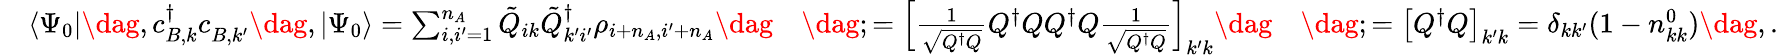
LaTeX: \begin{array}{rlrl}&{\langle\Psi_{0}|\dag,c_{B,k}^{\dagger}c_{B,k^{\prime}}^{\phantom{\dagger}}\dag,|\Psi_{0}\rangle=\sum_{i,i^{\prime}=1}^{n_{A}}\tilde{Q}_{ik}\tilde{Q}_{k^{\prime}i^{\prime}}^{\dagger}\rho_{i+n_{A},i^{\prime}+n_{A}}\dag}&{\dag;=\left[\frac{1}{\sqrt{Q^{\dagger}Q}}Q^{\dagger}QQ^{\dagger}Q\frac{1}{\sqrt{Q^{\dagger}Q}}\right]_{k^{\prime}k}\dag}&{\dag;=\left[Q^{\dagger}Q\right]_{k^{\prime}k}=\delta_{kk^{\prime}}(1-n_{kk}^{0})\dag,.}\end{array}